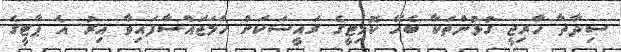
ސިދާތާ ހާރިޖީ ގުޅުންތަކާ ބެހޭ ކޮމިޓީގެ ރައީސަކަށް ހަމަޖައްސާފައިވާ އިރު އެ ޕާޓީގެ